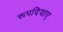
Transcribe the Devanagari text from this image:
रूपदियाए